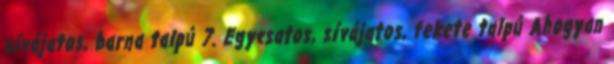
sívájatos, barna talpú 7. Egycsatos, sívájatos, fekete talpú Ahogyan